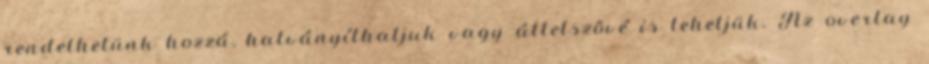
rendelhetünk hozzá, halványíthatjuk vagy áttetszõvé is tehetjük. Az overlay